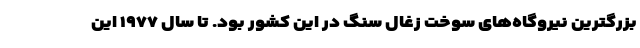
بزرگترین نیروگاه‌های سوخت زغال سنگ در این کشور بود. تا سال ۱۹۷۷ این